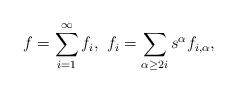
LaTeX: \begin{align*}f=\sum_{i=1}^{\infty} f_{i}, \ f_{i}=\sum\limits_{\alpha\geq 2i} s^{\alpha}f_{i,\alpha},\end{align*}